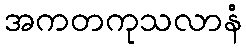
အကတကုသလာနံ